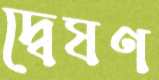
দ্বেষণ